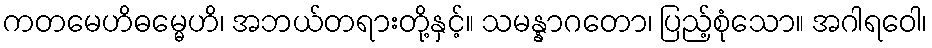
ကတမေဟိဓမ္မေဟိ၊ အဘယ်တရားတို့နှင့်။ သမန္နာဂတော၊ ပြည့်စုံသော။ အဂါရဝေါ၊